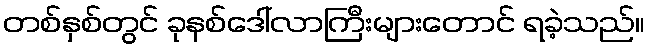
တစ်နှစ်တွင် ခုနစ်ဒေါ်လာကြီးများတောင် ရခဲ့သည်။